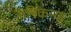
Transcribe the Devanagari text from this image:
ऋषिकन्या